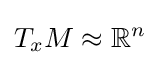
T_{x}M\approx \mathbb {R} ^{n}